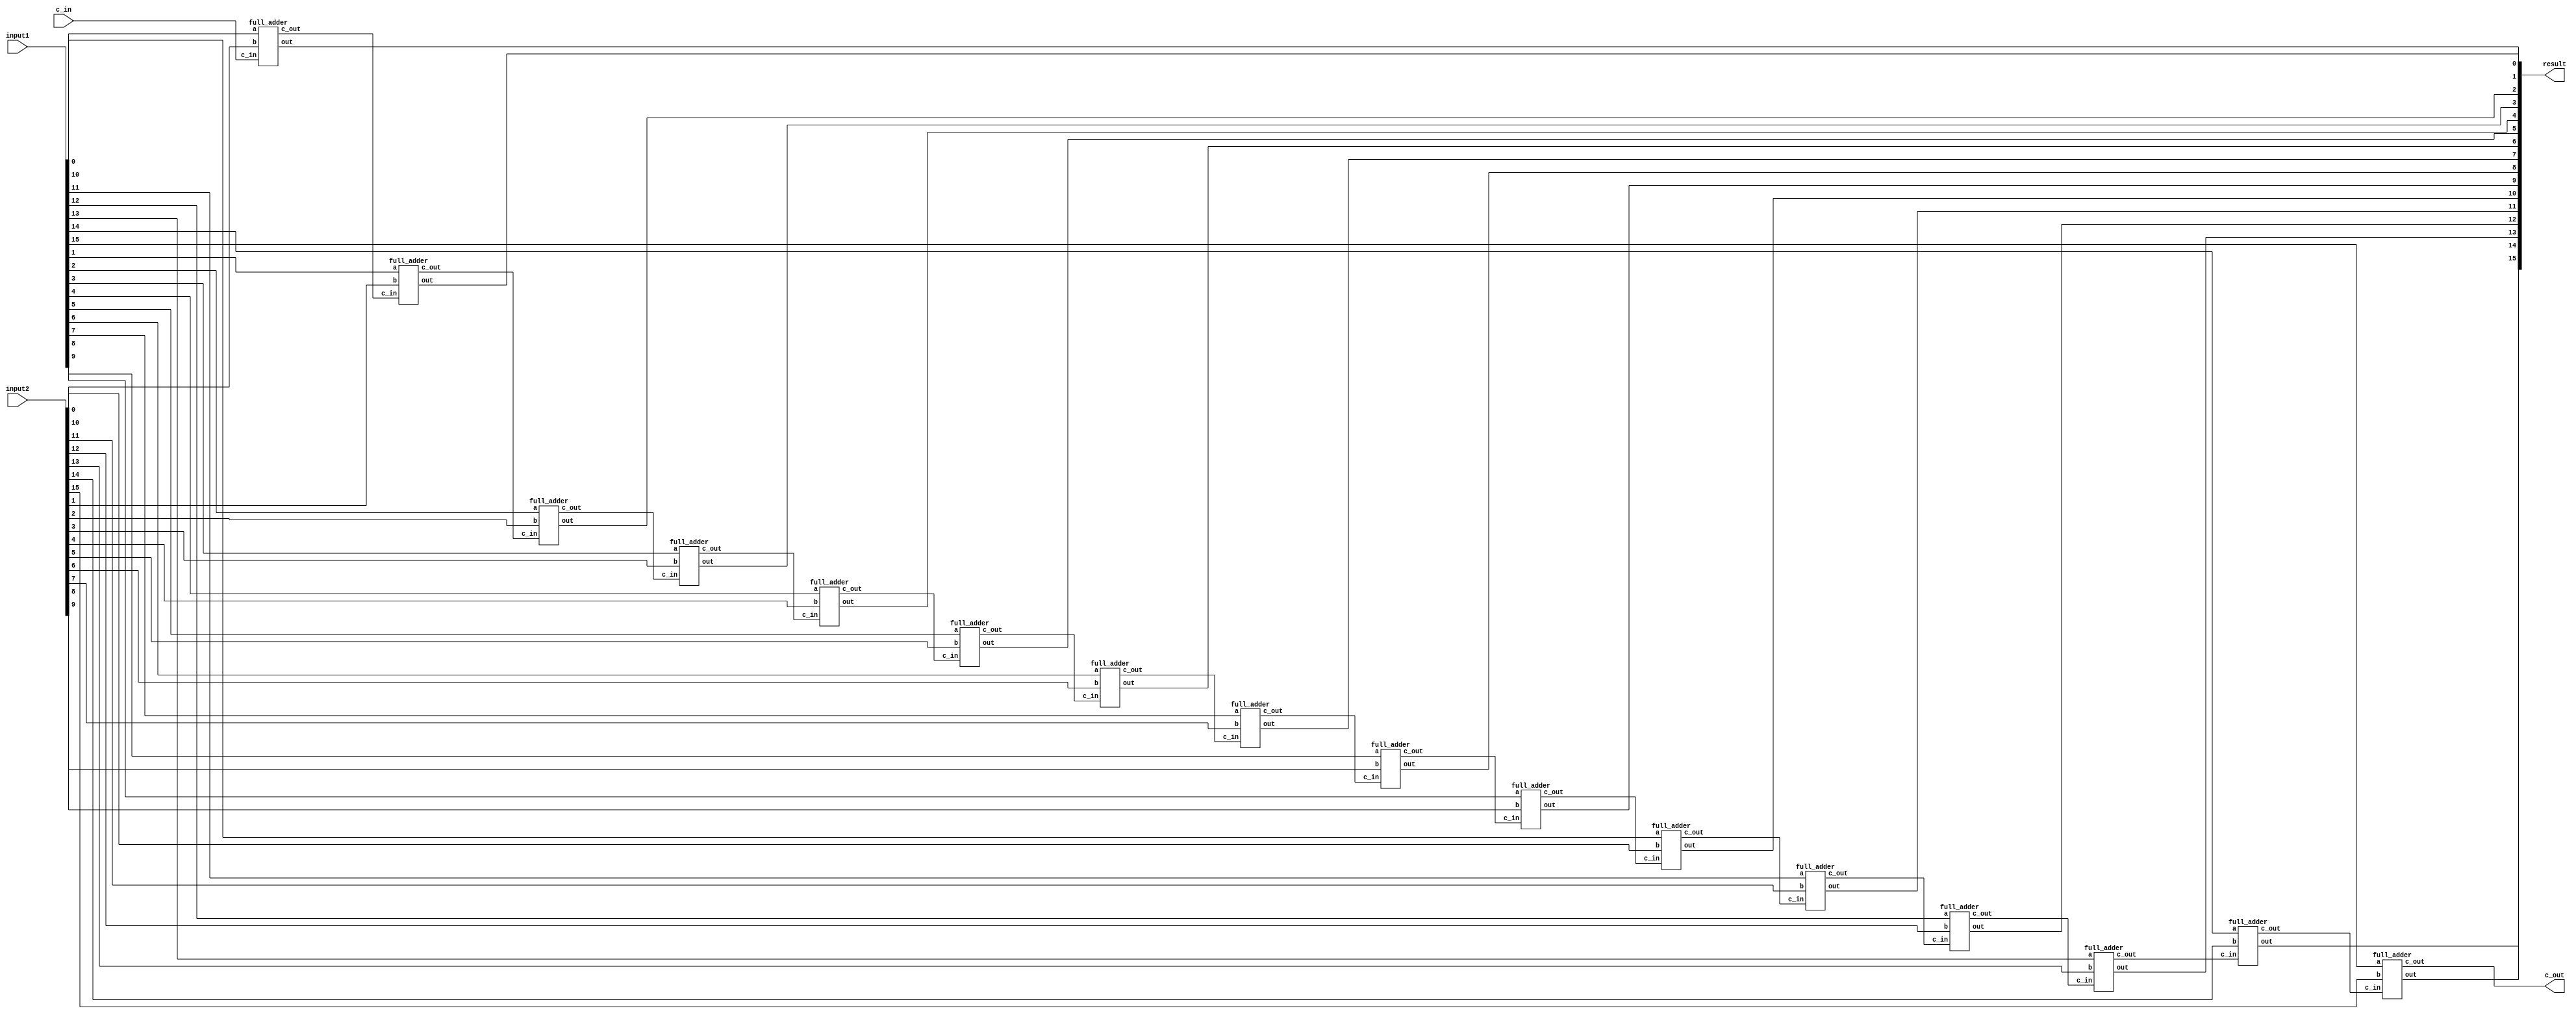
module rc_adder
    #(parameter SIZE=16)
    (
    input [SIZE-1:0] input1,
    input [SIZE-1:0] input2,
    input c_in,
    output [SIZE-1:0] result,
    output c_out);
    
    wire [SIZE:0] w_carry;
    wire [SIZE-1:0] w_generate, w_propagate, w_sum;

    assign w_carry[0] = c_in;

    genvar i;
    generate
        for (i=0; i<SIZE; i=i+1)
        begin
            full_adder full_adder_inst(input1[i], input2[i], w_carry[i], w_sum[i], w_carry[i+1]);
        end
    endgenerate

    assign result = w_sum;
    assign c_out = w_carry[SIZE];
endmodule

module full_adder(a, b, c_in, out, c_out);
	input a, b, c_in;
	output out, c_out;

	assign out = a ^ b ^ c_in;
	assign c_out = ((a ^ b) & c_in) | (a & b);
endmodule